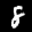
Label: 8